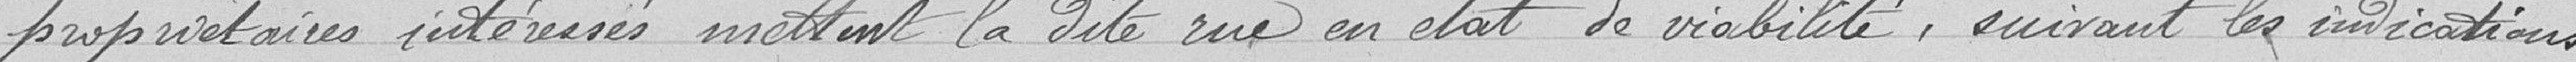
propriétaires intéressés mettent la dite rue en état de viabilité, suivant les indications